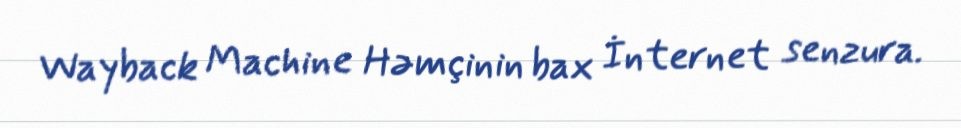
Wayback Machine Həmçinin bax İnternet senzura.